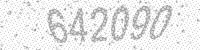
Solution: 642090